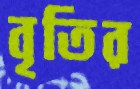
বৃতির